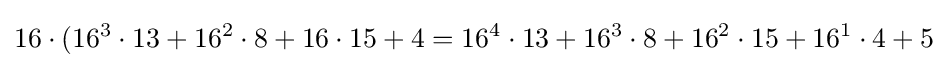
16\cdot (16^{3}\cdot 13+16^{2}\cdot 8+16\cdot 15+4=16^{4}\cdot 13+16^{3}\cdot 8+16^{2}\cdot 15+16^{1}\cdot 4+5